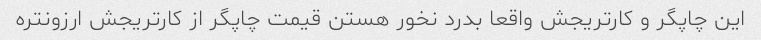
این چاپگر و کارتریجش واقعا بدرد نخور هستن قیمت چاپگر از کارتریجش ارزونتره